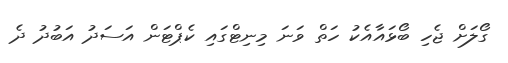
ގޯލަށް ޖެހި ބޯޅައާއެކު ހަތް ވަނަ މިނިޓްގައި ކެޕްޓަން އަސަދު އަބުދު ދެ